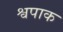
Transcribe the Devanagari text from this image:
श्वपाक